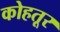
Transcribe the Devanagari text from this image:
कोहतूर